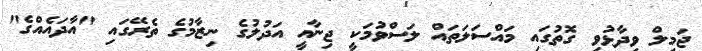
ޖަމީލް ވިދާޅުވި ގޮތުގައި މައްސަލަތައް ލަސްވުމަކީ ޖިނާއީ އަދުލުގެ ނިޒާމުގެ ތެރޭގައި "އާދައެއްގެ"